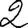
Digit: 2